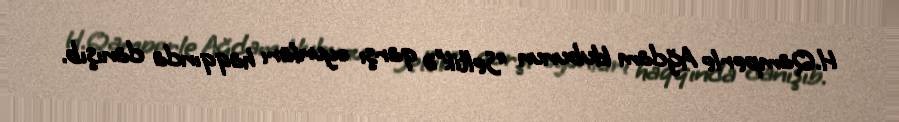
H.Qamperle Ağdam klubunun “Seltik”ə qarşı oyunları haqqında danışıb.